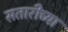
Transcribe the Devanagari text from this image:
सतारीच्या